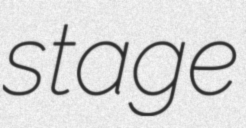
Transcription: stage